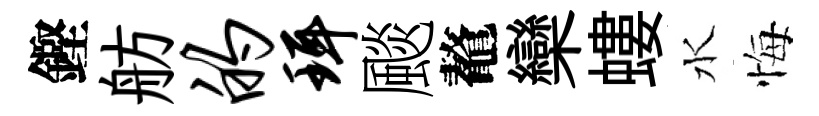
鏗舫的珥颷鼇欒螻水悔